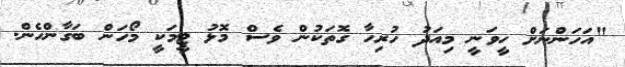
"އަހަންނަށް ހީވަނީ މިއަދު ހުރިހާ ގޮތަކުން ވެސް މޮޅު ޓީމަކީ މޯހަން ބަގާންހެން.